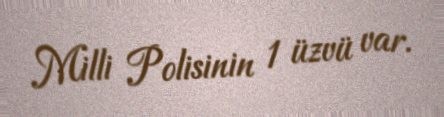
Milli Polisinin 1 üzvü var.